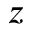
z